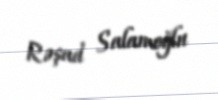
Rəşad Salamoğlu